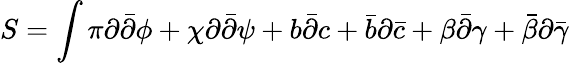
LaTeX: S=\int\pi\partial{\bar{\partial}}\phi+\chi\partial{\bar{\partial}}\psi+b{\bar{\partial}}c+{\bar{b}}\partial{\bar{c}}+\beta{\bar{\partial}}\gamma+{\bar{\beta}}\partial{\bar{\gamma}}